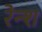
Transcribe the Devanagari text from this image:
रेन्श